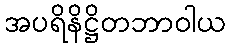
အပရိနိဋ္ဌိတဘာဝါယ